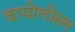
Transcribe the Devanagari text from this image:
वायोलीसम